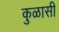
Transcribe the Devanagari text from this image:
कुळासी